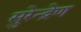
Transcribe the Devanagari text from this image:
सुरेन्द्रेण